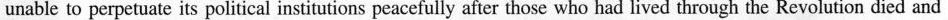
unable to perpetuate its political institutions peacefully after those who had lived through the Revolution died and